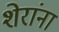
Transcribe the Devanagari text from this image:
शेरांना